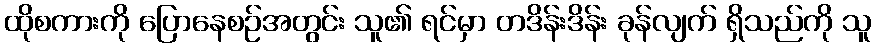
ထိုစကားကို ပြောနေစဉ်အတွင်း သူ၏ ရင်မှာ တဒိန်းဒိန်း ခုန်လျက် ရှိသည်ကို သူ